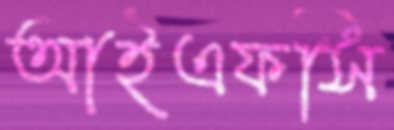
আইএফসি